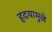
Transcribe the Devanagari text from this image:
हृदयामुळे